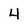
Character: 4